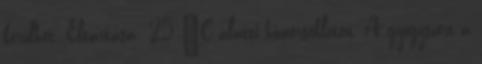
kerülhet. Eltartása: 25 °C alatti hőmérsékleten. A gyógyszert a